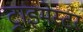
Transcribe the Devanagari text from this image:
ट्राइमेस्टर